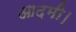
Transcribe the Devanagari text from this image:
आदमी।